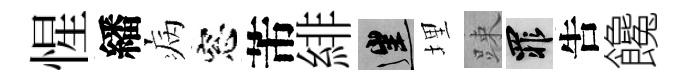
惺繙病窓芾緋往埋踈罪吿饞